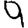
Digit: 9